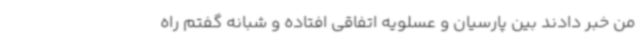
من خبر دادند بین پارسیان و عسلویه اتفاقی افتاده و شبانه گفتم راه